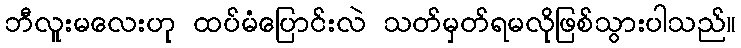
ဘီလူးမလေးဟု ထပ်မံပြောင်းလဲ သတ်မှတ်ရမလိုဖြစ်သွားပါသည်။